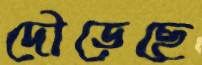
দৌড়েছে